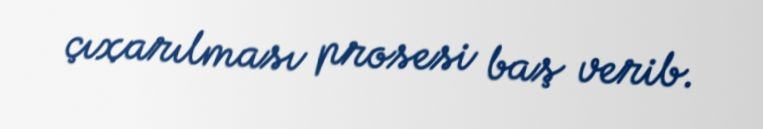
çıxarılması prosesi baş verib.